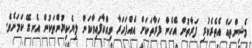
މެޝިންތައް އެތެރެކުރި ފަރާތުން އެހެން ފަރާތަކަށް އެއްފަހަރާ ވިއްކާފައިވާކަން ލިޔެކިޔުންތަކުން އެނގޭ ކަމަށެވެ.